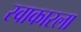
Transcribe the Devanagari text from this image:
स्वाकारला